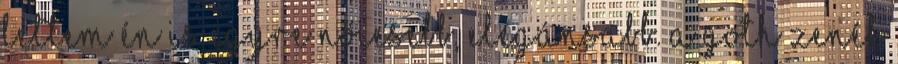
lettem én is egyre nőiesebb, elegánsabb. A goth zenék